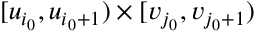
[ u _ { i _ { 0 } } , u _ { i _ { 0 } + 1 } ) \times [ v _ { j _ { 0 } } , v _ { j _ { 0 } + 1 } )